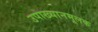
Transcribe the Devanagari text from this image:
उपाख्यानमूलक